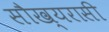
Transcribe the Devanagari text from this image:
सौख्यरासी